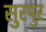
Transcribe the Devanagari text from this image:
सुरपुर